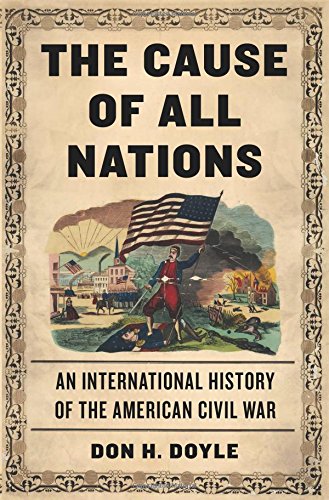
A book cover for The Cause of All Nations: An International History of the American Civil War; Don H. Doyle; History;